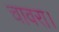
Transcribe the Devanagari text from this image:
चावरा।